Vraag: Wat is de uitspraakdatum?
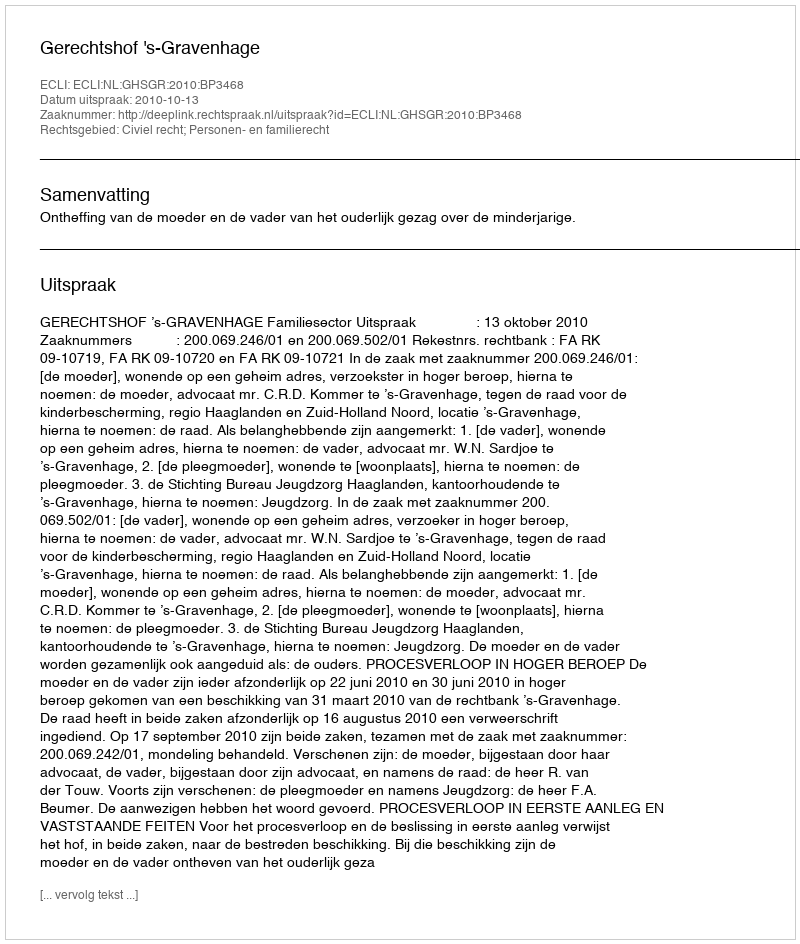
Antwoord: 2010-10-13